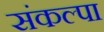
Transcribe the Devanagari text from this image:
संकल्पा